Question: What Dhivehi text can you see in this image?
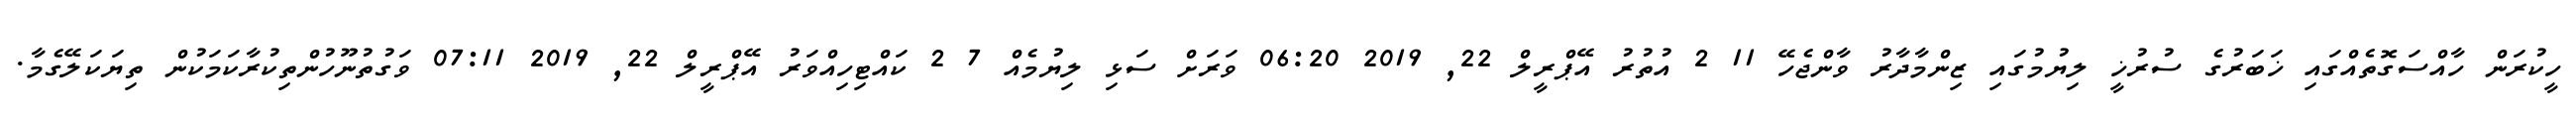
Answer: ހީކުރަން ހާއްސަގޮތެއްގައި ޚަބަރުގެ ސުރުޚީ ލިޔުމުގައި ޒިންމާދާރު ވާންޖެހޭ 11 2 އުތުރު އޭޕްރީލް 22, 2019 06:20 ވަރަށް ސަޅި ލިޔުމެއް 7 2 ކައްޓިހިއްވަރު އޭޕްރީލް 22, 2019 07:11 ވަގުތުނޫހުންތިކުރާކަމަކުން ތިޔަކަލޭގެމާ.